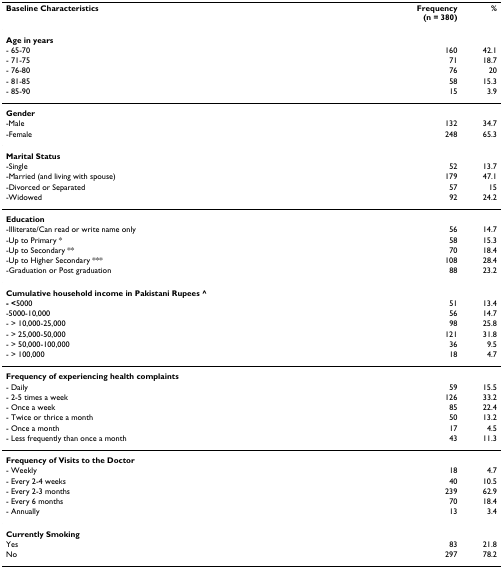
| Baseline Characteristics | Frequency(n = 380) | % |
 | --- | --- | --- |
 | Age in years |  |  |
 | - 65-70 | 160 | 42.1 |
 | - 71-75 | 71 | 18.7 |
 | - 76-80 | 76 | 20 |
 | - 81-85 | 58 | 15.3 |
 | - 85-90 | 15 | 3.9 |
 | Gender |  |  |
 | -Male | 132 | 34.7 |
 | -Female | 248 | 65.3 |
 | Marital Status |  |  |
 | -Single | 52 | 13.7 |
 | -Married (and living with spouse) | 179 | 47.1 |
 | -Divorced or Separated | 57 | 15 |
 | -Widowed | 92 | 24.2 |
 | Education |  |  |
 | -Illiterate/Can read or write name only | 56 | 14.7 |
 | -Up to Primary * | 58 | 15.3 |
 | -Up to Secondary ** | 70 | 18.4 |
 | -Up to Higher Secondary *** | 108 | 28.4 |
 | -Graduation or Post graduation | 88 | 23.2 |
 | Cumulative household income in Pakistani Rupees ^ |  |  |
 | - <5000 | 51 | 13.4 |
 | -5000-10,000 | 56 | 14.7 |
 | - > 10,000-25,000 | 98 | 25.8 |
 | - > 25,000-50,000 | 121 | 31.8 |
 | - > 50,000-100,000 | 36 | 9.5 |
 | - > 100,000 | 18 | 4.7 |
 | Frequency of experiencing health complaints |  |  |
 | - Daily | 59 | 15.5 |
 | - 2-5 times a week | 126 | 33.2 |
 | - Once a week | 85 | 22.4 |
 | - Twice or thrice a month | 50 | 13.2 |
 | - Once a month | 17 | 4.5 |
 | - Less frequently than once a month | 43 | 11.3 |
 | Frequency of Visits to the Doctor |  |  |
 | - Weekly | 18 | 4.7 |
 | - Every 2-4 weeks | 40 | 10.5 |
 | - Every 2-3 months | 239 | 62.9 |
 | - Every 6 months | 70 | 18.4 |
 | - Annually | 13 | 3.4 |
 | Currently Smoking |  |  |
 | Yes | 83 | 21.8 |
 | No | 297 | 78.2 |